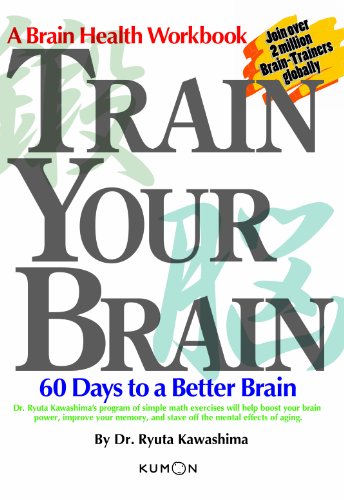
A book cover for Train Your Brain: 60 Days to a Better Brain; Ryuta Kawashima; Self-Help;